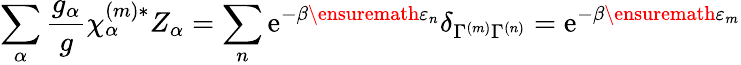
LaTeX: \sum_{\alpha}\frac{g_{\alpha}}{g}\chi_{\alpha}^{(m)*}Z_{\alpha}=\sum_{n}\mathrm{e}^{-\beta\ensuremath{\varepsilon}_{n}}\delta_{\Gamma^{(m)}\Gamma^{(n)}}=\mathrm{e}^{-\beta\ensuremath{\varepsilon}_{m}}